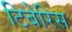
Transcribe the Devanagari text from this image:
टिबेरिस